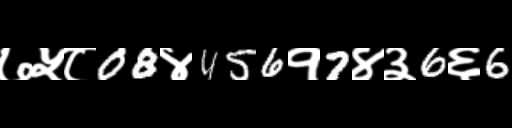
Text: ७५८08४456१7४३6६6